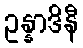
ဥန္နာဒိနီ